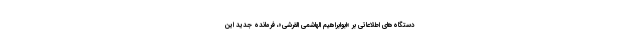
دستگاه‌های اطلاعاتی بر «ابوابراهیم الهاشمی القرشی»، فرمانده جدید این